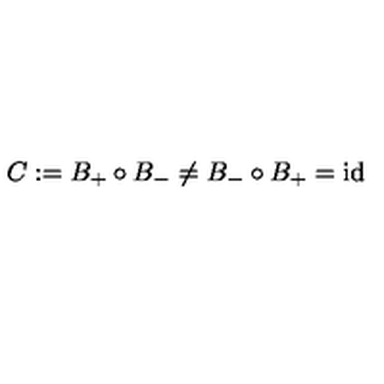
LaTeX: C : = B _ { + } \circ B _ { - } \not = B _ { - } \circ B _ { + } = \mathrm { i d }